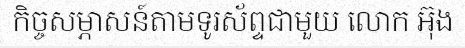
កិច្ចសម្ភាសន៍តាមទូរស័ព្ទជាមួយ លោក អ៊ុង